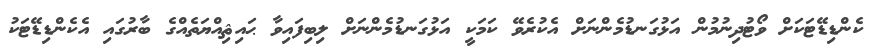
ކެންޑިޑޭޓަކަށް ވޯޓުދިނުމުން އަޅުގަނޑުމެންނަށް އެކުރެވޭ ކަމަކީ އަޅުގަނޑުމެންނަށް ލިބިފައިވާ ޙައިޘިއްޔަތެއްގެ ބާރުގައި އެކެންޑިޑޭޓަކު